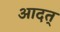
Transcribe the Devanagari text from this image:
आदत्